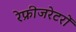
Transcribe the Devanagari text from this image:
रेफ्रीजरेटरों